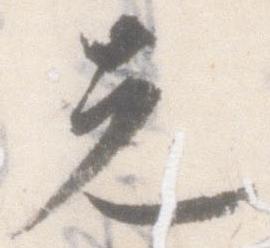
先